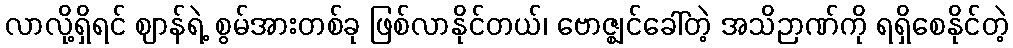
လာလို့ရှိရင် ဈာန်ရဲ့ စွမ်အားတစ်ခု ဖြစ်လာနိုင်တယ်၊ ဗောဇ္ဈင်ခေါ်တဲ့ အသိဉာဏ်ကို ရရှိစေနိုင်တဲ့